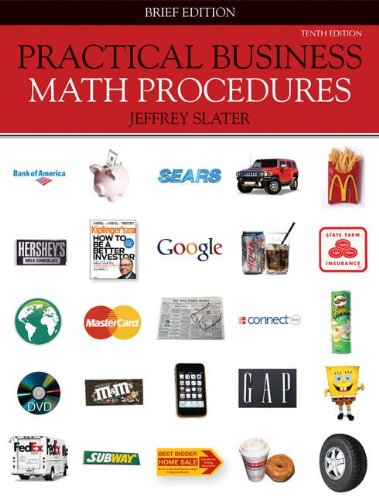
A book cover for Practical Business Math Procedures Brief with Business Math Handbook, Student DVD Volume 2, WSJ insert; Jeffrey Slater; Business & Money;